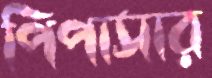
পিপাসার